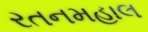
રતનમહાલ